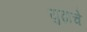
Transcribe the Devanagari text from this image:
युढ़ाचे